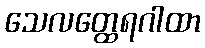
သေလတ္ထေရဂါထာ